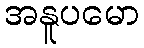
အနူပမော